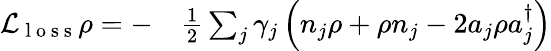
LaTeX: \begin{array}{rl}{\mathcal{L}_{\mathrm{~l~o~s~s~}}\rho=-}&{{}\frac{1}{2}\sum_{j}\gamma_{j}\left(n_{j}\rho+\rho n_{j}-2a_{j}\rho a_{j}^{\dagger}\right)}\end{array}